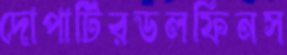
দোপাটিরডলফিনস